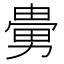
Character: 𠢮